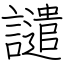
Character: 譴